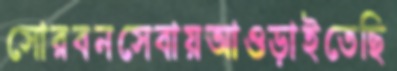
সোরবনসেবায়আওড়াইতেছি